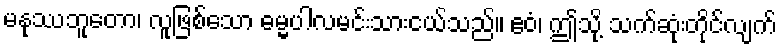
မနုဿဘူတော၊ လူဖြစ်သော ဓမ္မပါလမင်းသားငယ်သည်။ ဧဝံ၊ ဤသို့ သက်ဆုံးတိုင်လျက်